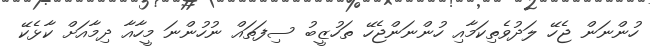
ހުންނަން ޖެހޭ ލަދުވެތިކަމާއި ހުންނަންޖެހޭ ތަހުޒީބު ސިފަތައް ނުހުންނަ މީހާއާ ދިމާއަށް ކާޅެކޭ